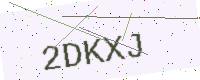
Text: 2DKXJ